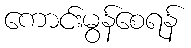
ကောင်းမွန်စေရန်